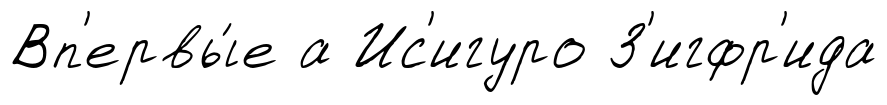
Вп'ервы́е а Ис'игуро З'игфр'ида